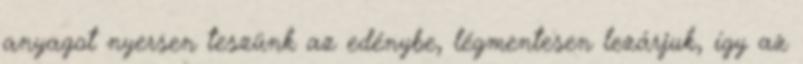
anyagot nyersen teszünk az edénybe, légmentesen lezárjuk, így az